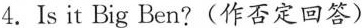
4.Is it Big Ben?(作否定回答)